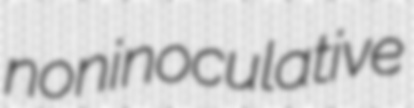
noninoculative